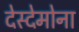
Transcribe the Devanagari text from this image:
देस्देमोना